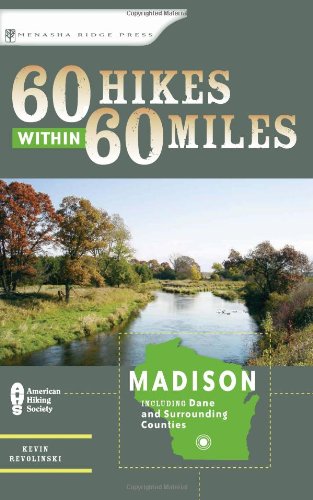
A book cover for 60 Hikes Within 60 Miles: Madison: Including Dane and Surrounding Counties; Kevin Revolinski; Travel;